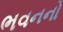
ભવનનો